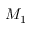
M _ { 1 }